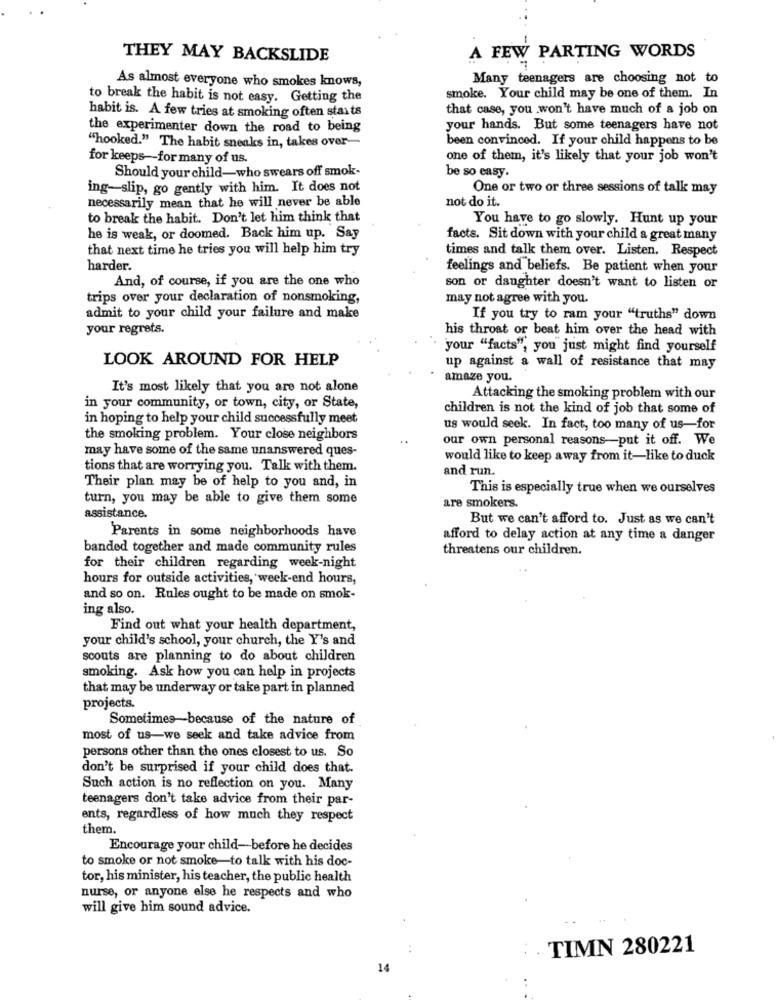
THEY MAY BACKSLIDE
A FEW PARTING WORDS
Many teenagers are choosing not to
As almost everyone who smokes knows,
to break the habit is not easy. Getting the
smoke. Your child may be one of them. In
that case, you won't have much of a job on
habit is. A few tries at smoking often starts
the experimenter down the road to being
your hands. But some teenagers have not
been convinced. If your child happens to be
"hooked." The habit sneaks in, takes over-
for keeps -- for many of us.
one of them, it's likely that your job won't
Should your child-who swears off smok-
be so easy.
ing-slip, go gently with him. It does not
One or two or three sessions of talk may
necessarily mean that he will never be able
not do it.
to break the habit. Don't let him think that
You have to go slowly. Hunt up your
he is weak, or doomed. Back him up. Say
facts. Sit down with your child a great many
that next time he tries you will help him try
times and talk them over. Listen. Respect
harder.
feelings and beliefs. Be patient when your
And, of course, if you are the one who
son or daughter doesn't want to listen or
trips over your declaration of nonsmoking,
may not agree with you.
admit to your child your failure and make
If you try to ram your "truths" down
your regrets.
his throat or beat him over the head with
your "facts", you just might find yourself
LOOK AROUND FOR HELP
up against a wall of resistance that may
amaze you.
It's most likely that you are not alone
Attacking the smoking problem with our
in your community, or town, city, or State,
children is not the kind of job that some of
in hoping to help your child successfully meet
us would seek. In fact, too many of us-for
the smoking problem. Your close neighbors
..
our own personal reasons-put it off. We
may have some of the same unanswered ques-
would like to keep away from it-like to duck
tions that are worrying you. Talk with them.
and run.
Their plan may be of help to you and, in
This is especially true when we ourselves
turn, you may be able to give them some
are smokers.
assistance.
But we can't afford to. Just as we can't
Parents in some neighborhoods have
afford to delay action at any time a danger
banded together and made community rules
threatens our children.
for their children regarding week-night
hours for outside activities, week-end hours,
and so on. Rules ought to be made on smok-
ing also.
Find out what your health department,
your child's school, your church, the Y's and
scouts are planning to do about children
smoking. Ask how you can help in projects
that may be underway or take part in planned
projects.
Sometimes-because of the nature of
most of us-we seek and take advice from
persons other than the ones closest to us. So
don't be surprised if your child does that.
Such action is no reflection on you. Many
teenagers don't take advice from their par-
ents, regardless of how much they respect
them.
Encourage your child-before he decides
to smoke or not smoke-to talk with his doc-
tor, his minister, his teacher, the public health
nurse, or anyone else he respects and who
will give him sound advice.
: TIMN 280221
14